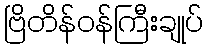
ဗြိတိန်ဝန်ကြီးချုပ်